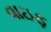
વાઇફ